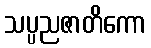
သပ္ပညဇာတိကော